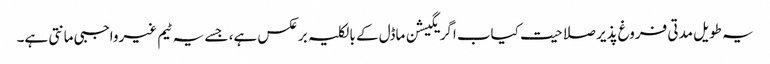
یہ طویل مدتی فروغ پذیر صلاحیت کیاب اگریگیشن ماڈل کے بالکلیہ برعکس ہے، جسے یہ ٹیم غیرواجبی مانتی ہے۔